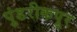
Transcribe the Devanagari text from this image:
पुंडरीकपूर